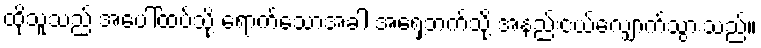
ထိုသူသည် အပေါ်ထပ်သို့ ရောက်သောအခါ အရှေ့ဘက်သို့ အနည်းငယ်လျှောက်သွားသည်။